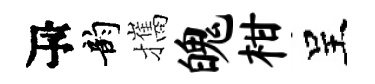
瓴韵攜魄柑呈